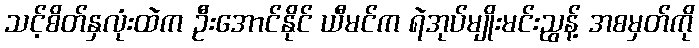
သင့်စိတ်နှလုံးထဲက ဦးအောင်နိုင် ယီမင်က ရဲအုပ်မျိုးမင်းညွန့် အစမှတ်ကို